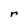
Character: r